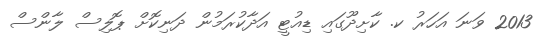
2013 ވަނަ އަހަރު ކ. ކާށިދޫގައި ޑިއުޓީ އަދާކުރަމުން ދަނިކޮށް ޕޮލިސް ލާންސް